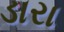
ડારા